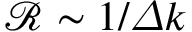
\mathcal { R } \sim { { 1 } / { \varDelta k } }